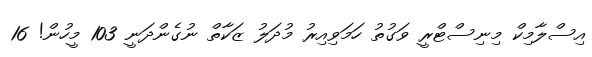
އިސްލާމިކް މިނިސްޓްރީ ވަގުތު ހަމަވިއިރު މުދަލު ޒަކާތް ނުގެންދަނީ 103 މީހުން! 16